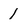
Character: 1